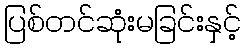
ပြစ်တင်ဆုံးမခြင်းနှင့်